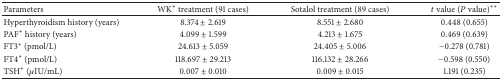
| Parameters | WK* treatment (91 cases) | Sotalol treatment (89 cases) | t value (P value)** |
 | --- | --- | --- | --- |
 | Hyperthyroidism history (years) | 8.374 ± 2.619 | 8.551 ± 2.680 | 0.448 (0.655) |
 | PAF* history (years) | 4.099 ± 1.599 | 4.213 ± 1.675 | 0.469 (0.639) |
 | FT3* (pmol/L) | 24.613 ± 5.059 | 24.405 ± 5.006 | −0.278 (0.781) |
 | FT4* (pmol/L) | 118.697 ± 29.213 | 116.132 ± 28.266 | −0.598 (0.550) |
 | TSH* (μIU/mL) | 0.007 ± 0.010 | 0.009 ± 0.015 | 1.191 (0.235) |